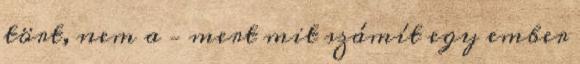
tört, nem a – mert mit számít egy ember